Leningradi_Edasi_toimetus, lk 97
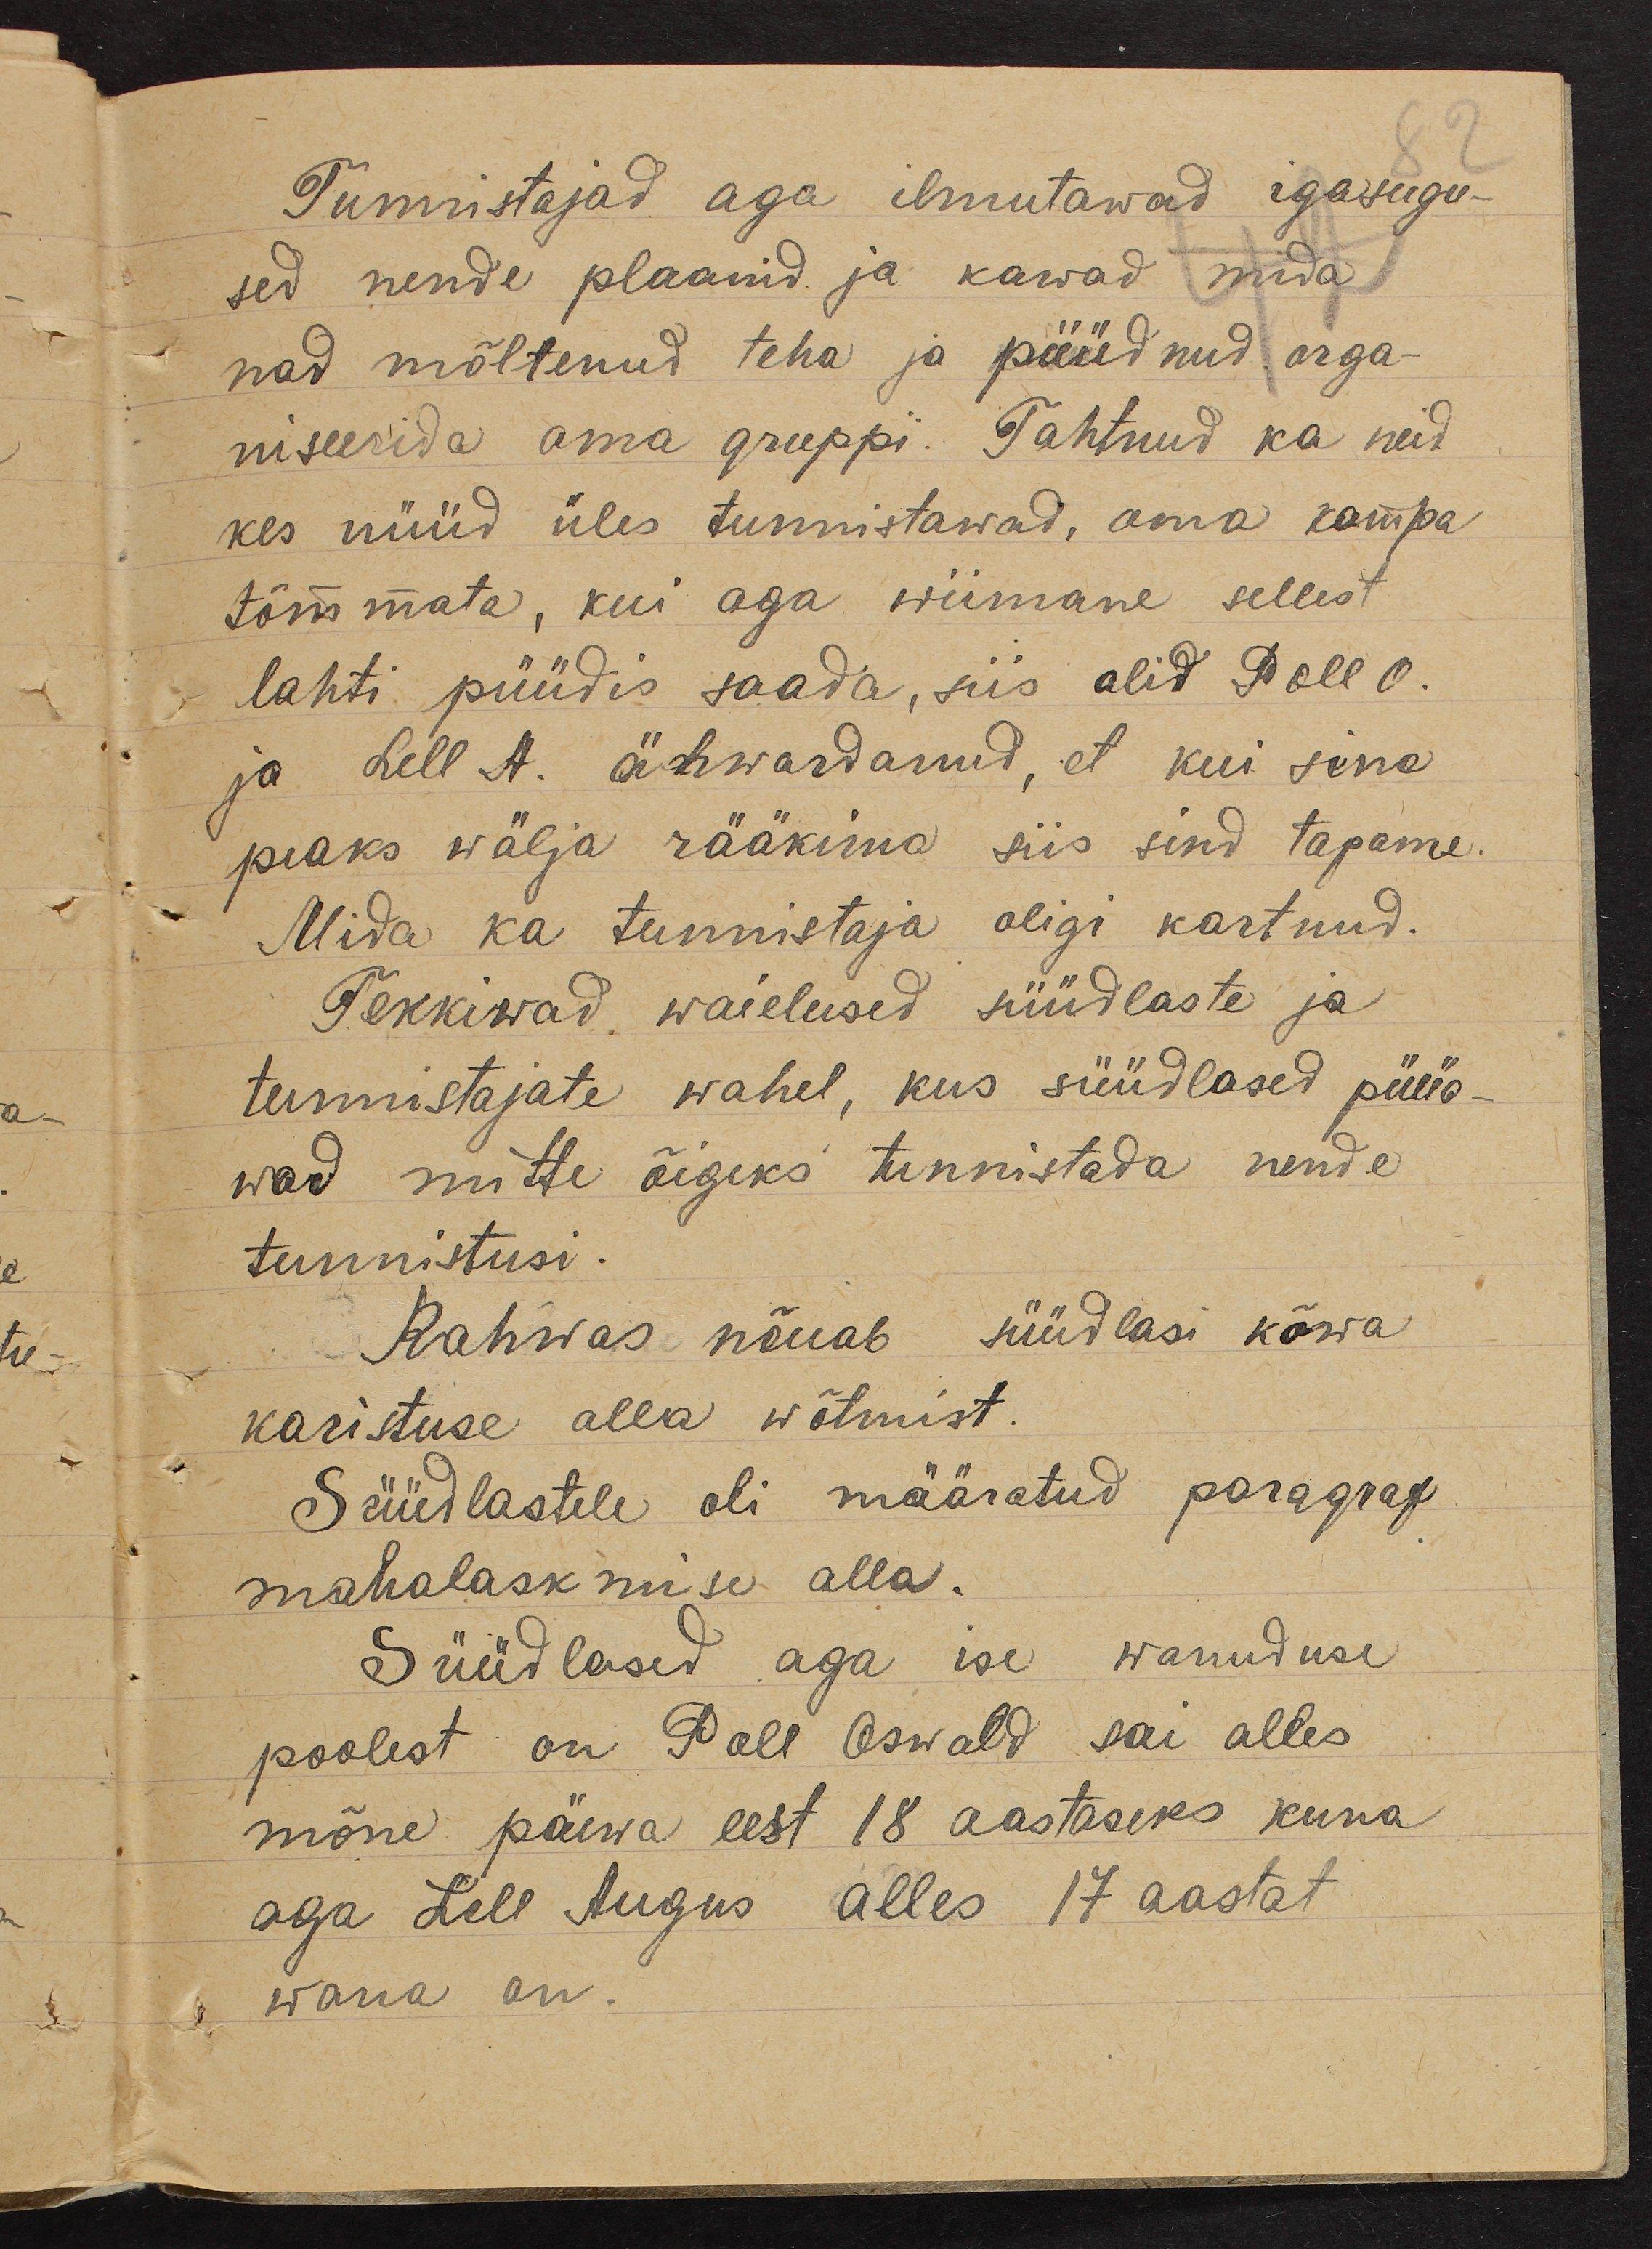
Tunnistajad aga ilmutawad igasugu-
sed nende plaanid ja kawad mida
nad mõltenud teha ja püüdnud orga-
niseerida oma gruppi. Tahtnud ka neid
kes nüüd üles tunnistawad, oma kampa
tõmmata, kui aga wiimane sellest
lahti püüdis saada, siis olid Poll O.
ja Lell A. ähwardanud, et kui sina
peaks wälja rääkima siis sind tapame.
Mida ka tunnistaja oligi kartnud.
Tekkiwad. waielused süüdlaste ja
tunnistajate wahel, kus süüdlased püüa-
wad mitte õigeks tunnistada nende
tunnistusi.
Rahwas nõuab süüdlasi kõwa
karistuse alla wõtmist.
Süüdlastele oli määratud paragraf
mahalaskmise alla.
Süüdlased aga ise wanuduse
poolest on Poll Oswald sai alles
mõne päewa eest 18 aastaseks kuna
aga Lell Augus alles 17 aastat
wana on.